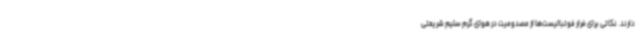
دارند. نکاتی برای فرار فوتبالیست‌ها از مصدومیت در هوای گرم سلیم شریعتی